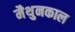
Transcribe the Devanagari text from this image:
मैथुनकाल